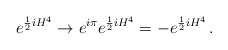
\begin{align*}e^{\frac{1}{2} i H^4} \rightarrow e^{i\pi} e^{\frac{1}{2}iH^4} = - e^{\frac{1}{2}iH^4}\, .\end{align*}